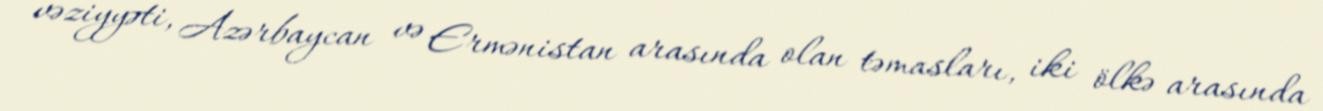
vəziyyəti, Azərbaycan və Ermənistan arasında olan təmasları, iki ölkə arasında